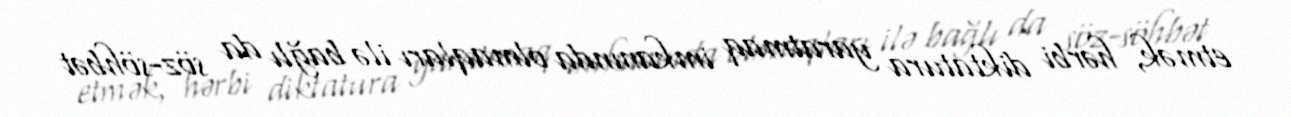
etmək, hərbi diktatura yaratmaq imkanında olmaqları ilə bağlı da söz-söhbət